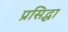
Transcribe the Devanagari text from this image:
प्रसिद्धा